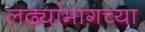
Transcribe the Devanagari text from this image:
लढ्यांमागच्या